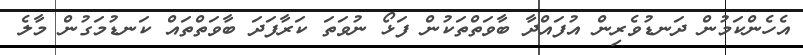
އެހެންކަމުން ދަނޑުވެރިން އުފައްދާ ބާވަތްތަކުން ފަޅޯ ނުވަތަ ކަރާފަދަ ބާވަތްތައް ކަނޑުމަގުން މާލެ